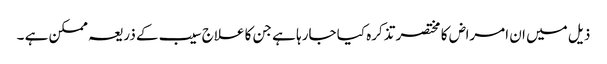
ذیل میں ان امراض کا مختصر تذکرہ کیا جارہا ہے جن کا علاج سیب کے ذریعہ ممکن ہے ۔